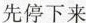
先停下来